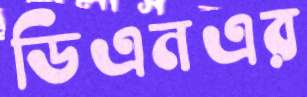
ডিএনএর